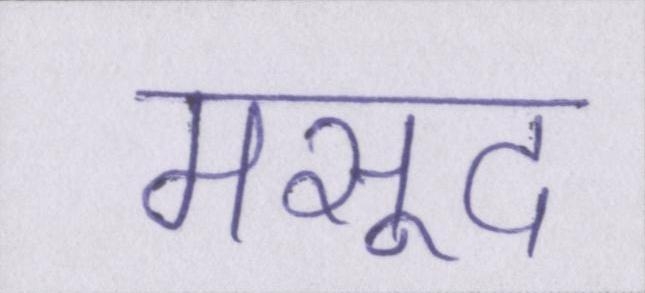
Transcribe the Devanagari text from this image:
मसूद